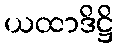
ယထာဒိဋ္ဌိ